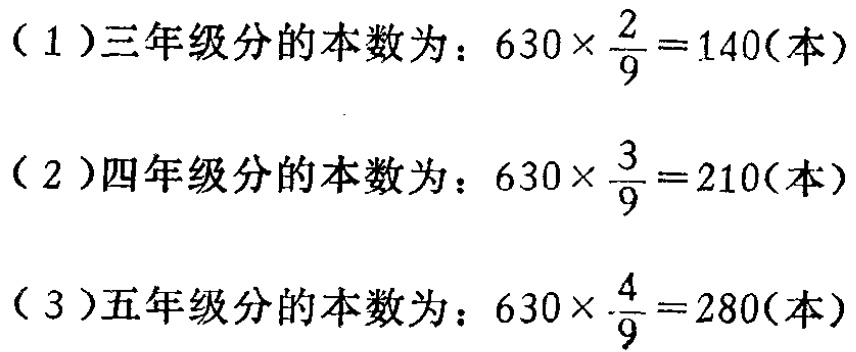
（1）三年级分的本数为：\(630\times \frac{2}{9}=140(\text{本})\)

（2）四年级分的本数为：\(630\times \frac{3}{9}=210(\text{本})\)

（3）五年级分的本数为：\(630\times \frac{4}{9}=280(\text{本})\)